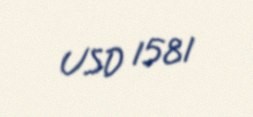
USD 1581